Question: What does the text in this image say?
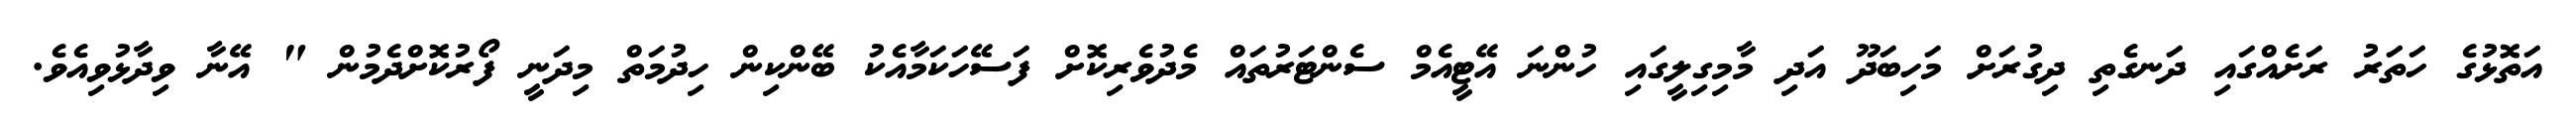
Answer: އަތޮޅުގެ ހަތަރު ރަށެއްގައި ދަނގެތި ދިގުރަށް މަހިބަދޫ އަދި މާމިގިލީގައި ހުންނަ އޭޓީއެމް ސެންޓަރުތައް މެދުވެރިކޮށް ފަސޭހަކަމާއެކު ބޭންކިން ހިދުމަތް މިދަނީ ފޯރުކޮށްދެމުން " އޭނާ ވިދާޅުވިއެވެ.